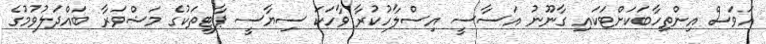
އަވަސް އިންތިހާބަކަށްޓަކައި ގާނޫނު އަސާސީ އިސްލާހުކުރާ ވާހަކަ ސިޔާސީ ޕާޓީތަކުގެ މަޝްވަރާ ބައްދަލުވުމުގެ